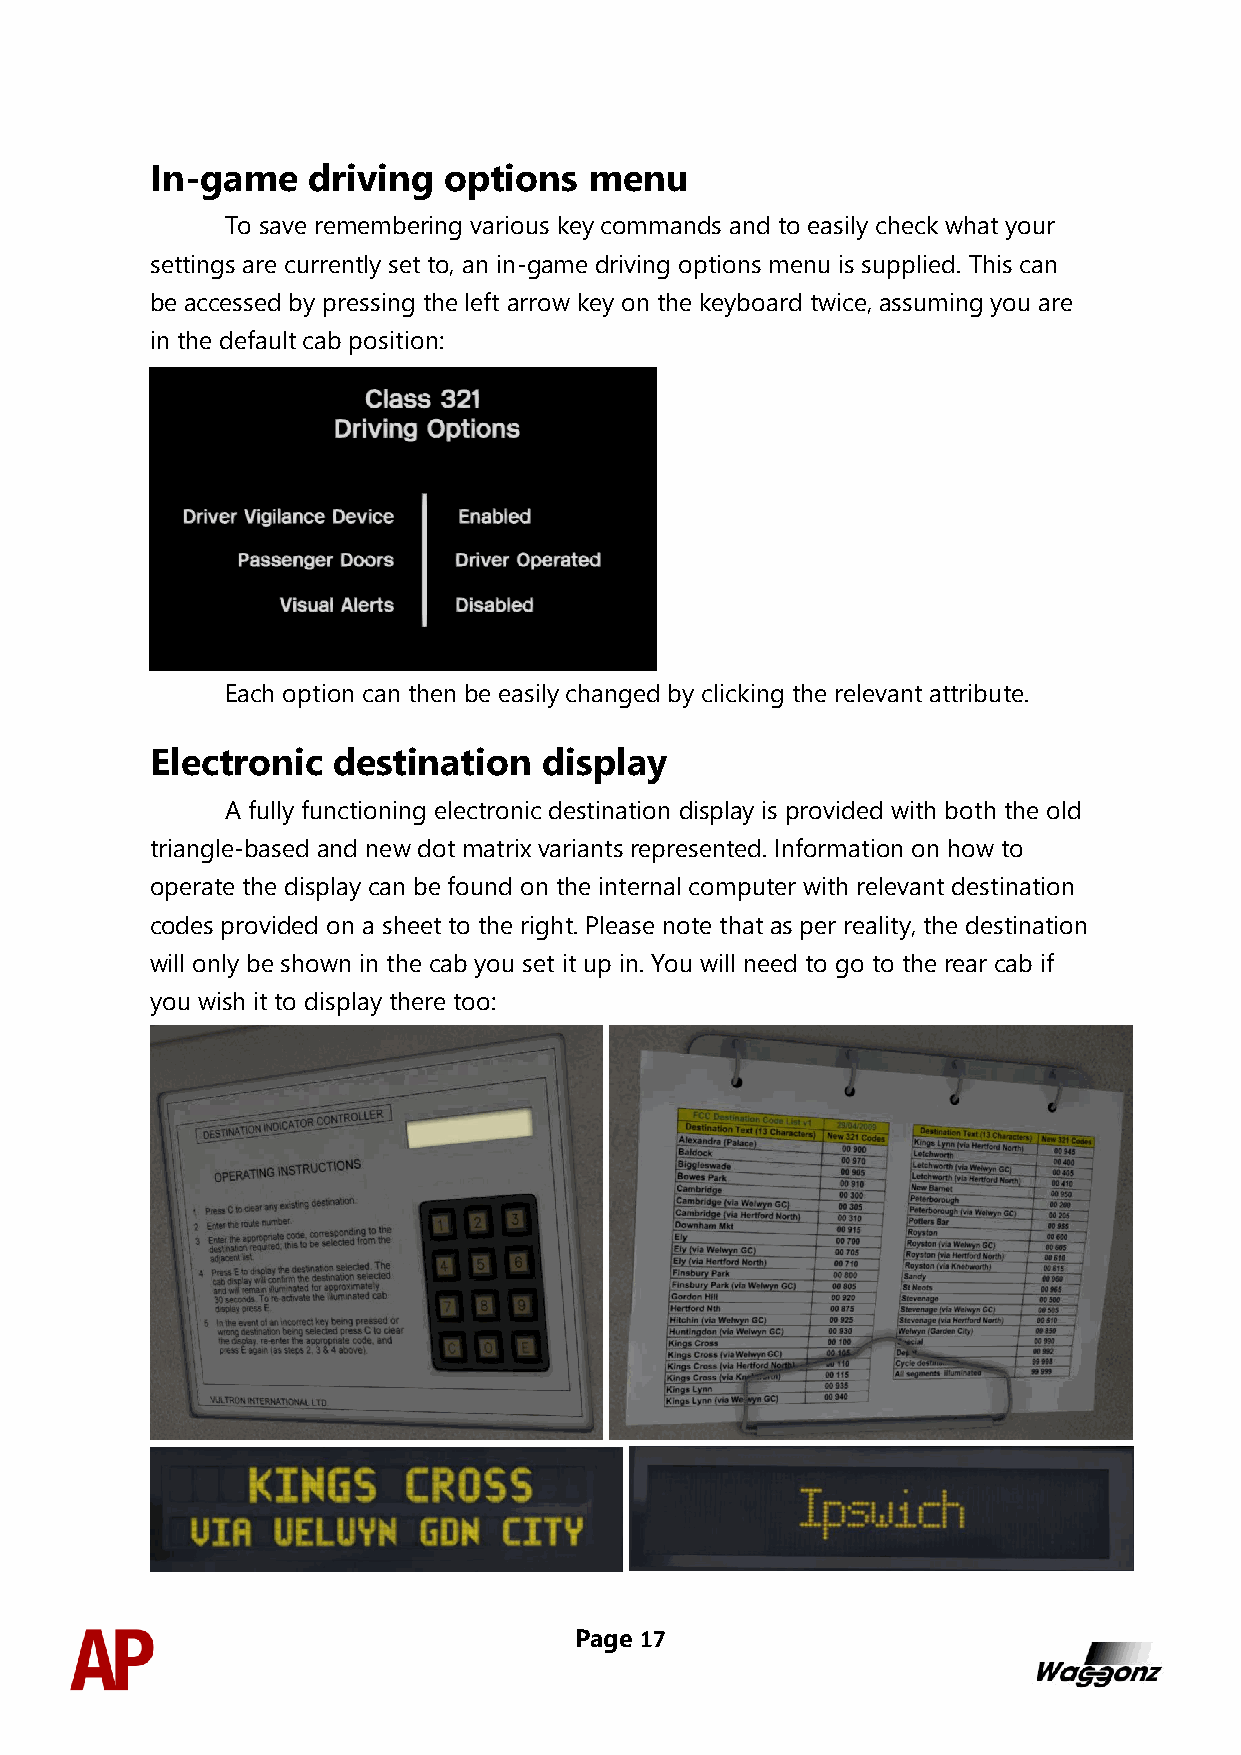
In-game   driving  options   menu
 To save remembering various key commands and to easily check what your
 settings are currently set to, an in-game driving options menu is supplied. This can
 be accessed by pressing the left arrow key on the keyboard twice, assuming you are
 in the default cab position:
 Each option can then be easily changed by clicking the relevant attribute.
 Electronic  destination   display
 A fully functioning electronic destination display is provided with both the old
 triangle-based and new dot matrix variants represented. Information on how to
 operate the display can be found on the internal computer with relevant destination
 codes provided on a sheet to the right. Please note that as per reality, the destination
 will only be shown in the cab you set it up in. You will need to go to the rear cab if
 you wish it to display there too:
 Page 17